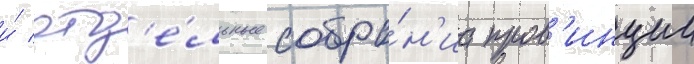
и́ отд'е́льные собра́н'иа пров'инции